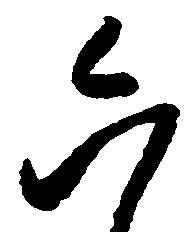
六